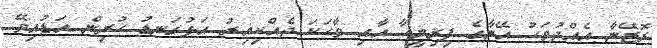
ރޮޒޭނާ އެއްދުވަހު އޭނާގެ ފިރިމީހާ އާއި ވާހަކަ ދެއްކިއިރު އަޅުގަނޑު ހުރިން އަޑުއިވޭ